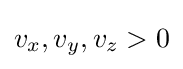
v_{x},v_{y},v_{z}>0